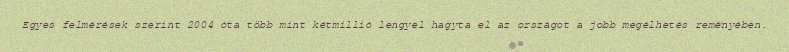
Egyes felmérések szerint 2004 óta több mint kétmillió lengyel hagyta el az országot a jobb megélhetés reményében.